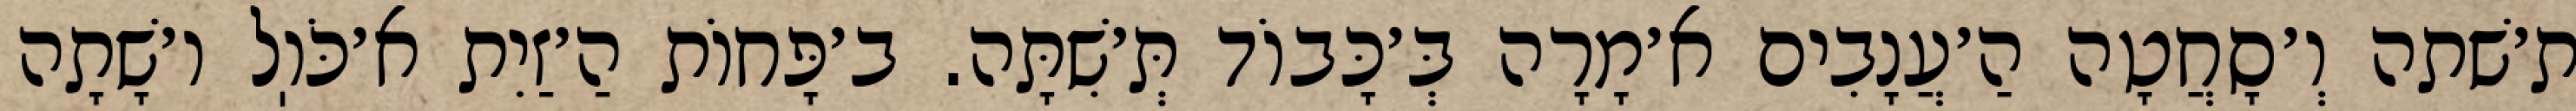
ת׳שׁתה וְ׳סָחֲטָה הַ׳עֲנָבִים א׳מָרָה בְּ׳כָּבוֹד תְּ׳שִׁתָּה. ב׳פָּחוֹת הַ׳זַיִת א׳כֹּוֽל ו׳שָׁתָה